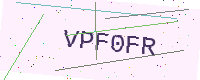
Text: VPF0FR